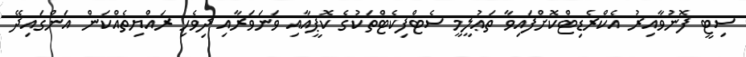
ސިޓީ ފޮނުވާއިރު އެކްރެޑިޓްކޮށްފައިވާ ތަޢުލީމީ ސެޓްފިކެޓްތަކުގެ ކޮޕީއާއި ވަނަވަރާއި ދިވެހި ރައްޔިތެއްކަން އަންގައިދޭ